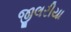
જીલરીયા